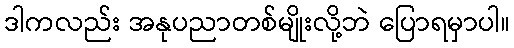
ဒါကလည်း အနုပညာတစ်မျိုးလို့ဘဲ ပြောရမှာပါ။